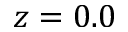
z = 0 . 0